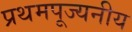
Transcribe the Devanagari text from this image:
प्रथमपूज्यनीय